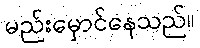
မည်းမှောင်နေသည်။